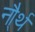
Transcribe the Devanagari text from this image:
नौ्र्थ